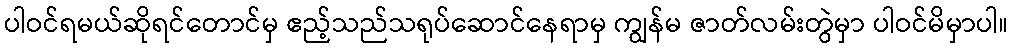
ပါဝင်ရမယ်ဆိုရင်တောင်မှ ဧည့်သည်သရုပ်ဆောင်နေရာမှ ကျွန်မ ဇာတ်လမ်းတွဲမှာ ပါဝင်မိမှာပါ။